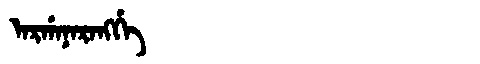
Manchu: ᠠᡵᡤᠠᠨᠠᡵᠠᠩᡤᡝ
Romanization: ARGANARANGGE